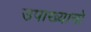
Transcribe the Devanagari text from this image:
उपाख्यानो